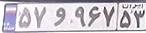
۵۷و۹۶۷۵۳